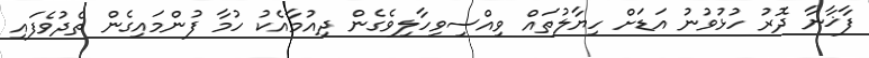
ފާޚާނާ ދޮރު ހުޅުވުނު އަޑަށް ހިޔާލުތައް ވިއްސިވިހާލިވެގެން ދިއުމާއެކު ހުމާ ފުންމައިގެން ތެދުވެފައި